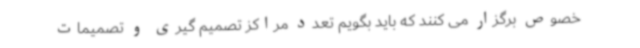
خصوص برگزار می کنند که باید بگویم تعدد مراکز تصمیم گیری و تصمیمات